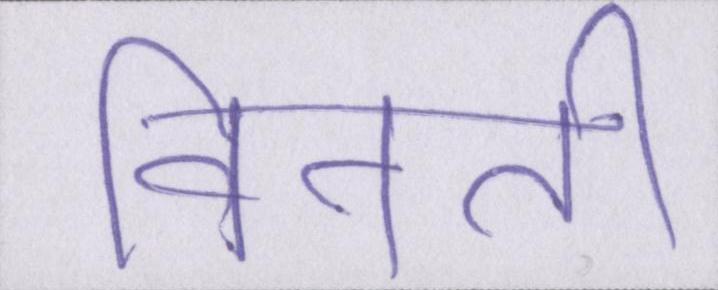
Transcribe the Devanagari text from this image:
विनती